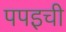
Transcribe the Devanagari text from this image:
पपइची